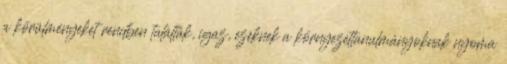
a körülményeket rendben találták, igaz, ezeknek a környezettanulmányoknak nyoma